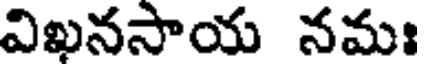
విఖనసాయ నమః